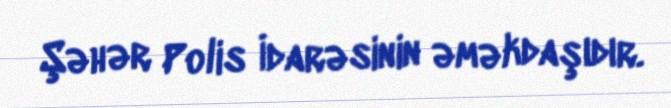
Şəhər Polis İdarəsinin əməkdaşıdır.